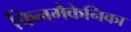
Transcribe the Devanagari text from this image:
फिनमैकेनिका